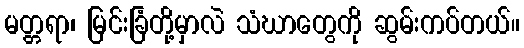
မတ္တရာ၊ မြင်းခြံတို့မှာလဲ သံဃာတွေကို ဆွမ်းကပ်တယ်။